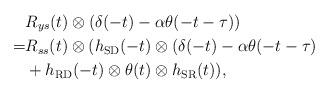
LaTeX: \begin{align*}&R_{ys}(t)\otimes (\delta(-t) - \alpha \theta(-t-\tau)) \\=&R_{ss}(t)\otimes (h_{\rm SD}(-t) \otimes (\delta(-t) - \alpha \theta(-t-\tau) \\ &+ h_{\rm RD}(-t) \otimes \theta(t)\otimes h_{\rm SR}(t)),\end{align*}